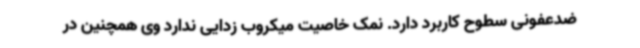
ضدعفونی سطوح کاربرد دارد. نمک خاصیت میکروب زدایی ندارد وی همچنین در